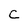
Character: C